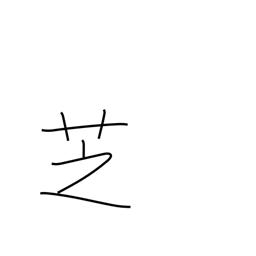
Meaning: lawn